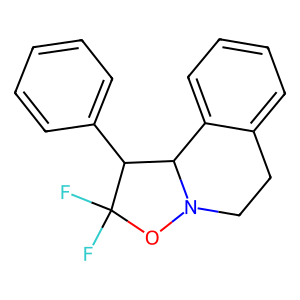
SMILES: FC1(F)ON2CCc3ccccc3C2C1c1ccccc1
Inhibits HIV replication: No